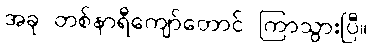
အခု တစ်နာရီကျော်တောင် ကြာသွားပြီ။